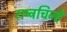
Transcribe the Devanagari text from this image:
राष्ट्रचिन्हे